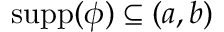
\operatorname { s u p p } ( \phi ) \subseteq ( a , b )